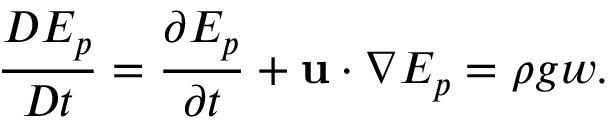
\frac { D E _ { p } } { D t } = \frac { \partial E _ { p } } { \partial t } + \mathbf { u } \cdot \nabla E _ { p } = \rho g w .